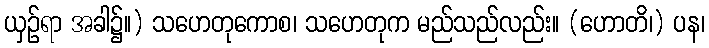
ယှဉ်ရာ အခါ၌။) သဟေတုကောစ၊ သဟေတုက မည်သည်လည်း။ (ဟောတိ၊) ပန၊